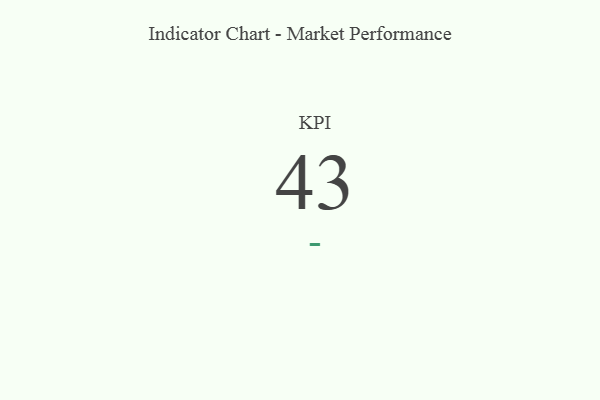
{"axis": {"x": "KPI", "y": "Value"}, "legend": [""], "data": [{"x": "KPI", "y": 43, "type": ""}]}